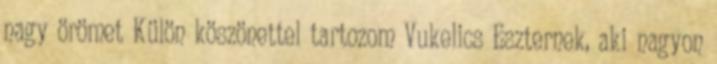
nagy örömet Külön köszönettel tartozom Vukelics Eszternek, aki nagyon